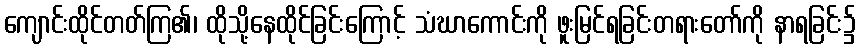
ကျောင်းထိုင်တတ်ကြ၏၊ ထိုသို့နေထိုင်ခြင်းကြောင့် သံဃာကောင်းကို ဖူးမြင်ရခြင်းတရားတော်ကို နာရခြင်း၌